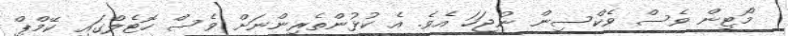
މޯޓިން ވެސް ވެކްސިން ނުޖަހަ އެވެ. އެ ކުޅުންތެރިންނަށް ވެސް ހޮޓެލްގައި ކޭމްޕް